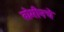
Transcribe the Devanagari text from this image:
ब्रोमीनचे